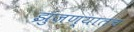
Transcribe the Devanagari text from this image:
झुंजण्यातच